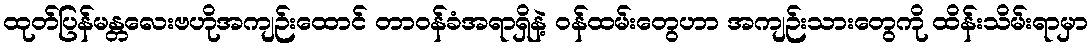
ထုတ်ပြန်မန္တလေးဗဟိုအကျဉ်းထောင် တာဝန်ခံအရာရှိနဲ့ ဝန်ထမ်းတွေဟာ အကျဉ်းသားတွေကို ထိန်းသိမ်းရာမှာ